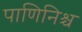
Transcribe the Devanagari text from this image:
पाणिनिश्च